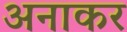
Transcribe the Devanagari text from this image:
अनाकर